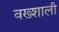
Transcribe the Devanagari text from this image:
वख्शाली